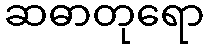
ဆဓာတုရော